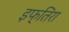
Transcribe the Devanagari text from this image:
इफ्तिरा